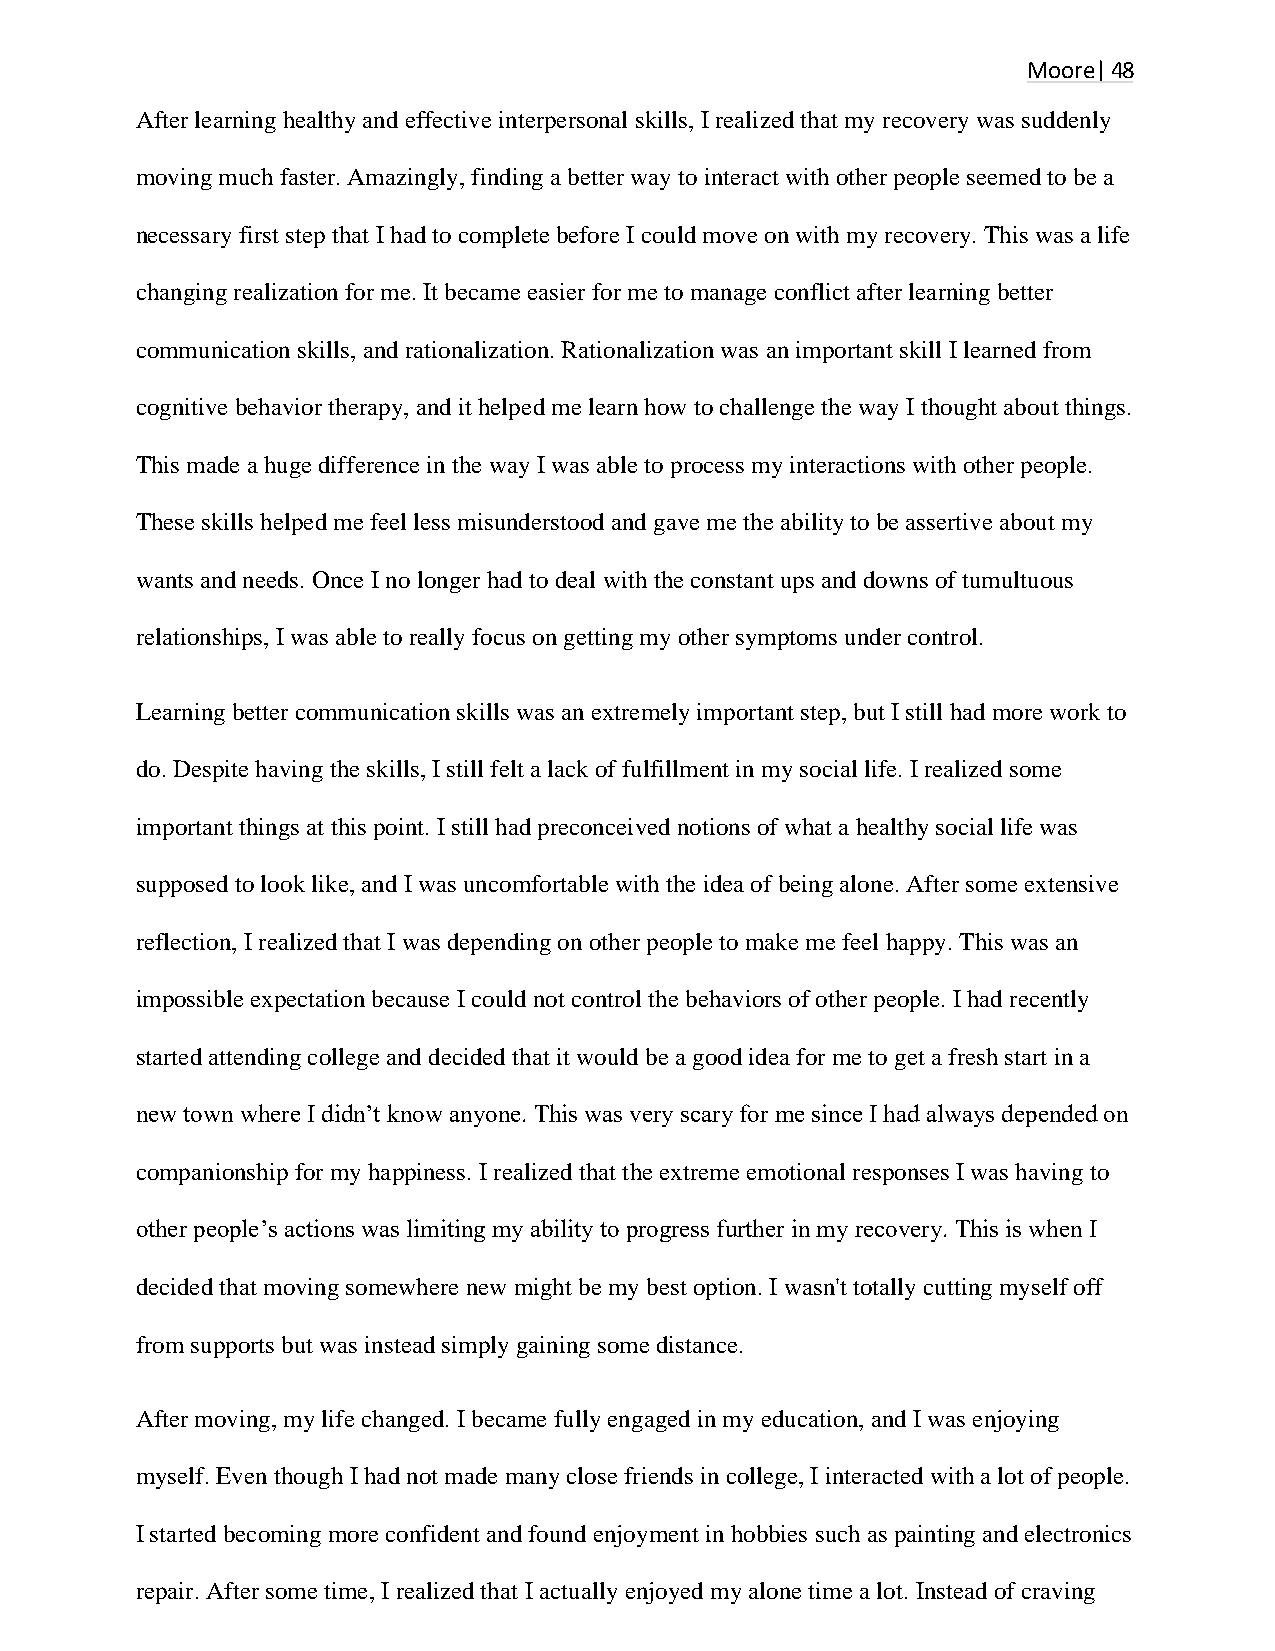
Moore| 48
 After learning healthy and effective interpersonal skills, I realized that my recovery was suddenly
 moving much faster. Amazingly, finding a better way to interact with other people seemed to be a
 necessary first step that I had to complete before I could move on with my recovery. This was a life
 changing realization for me. It became easier for me to manage conflict after learning better
 communication skills, and rationalization. Rationalization was an important skill I learned from
 cognitive behavior therapy, and it helped me learn how to challenge the way I thought about things.
 This made a huge difference in the way I was able to process my interactions with other people.
 These skills helped me feel less misunderstood and gave me the ability to be assertive about my
 wants and needs. Once I no longer had to deal with the constant ups and downs of tumultuous
 relationships, I was able to really focus on getting my other symptoms under control.
 Learning better communication skills was an extremely important step, but I still had more work to
 do. Despite having the skills, I still felt a lack of fulfillment in my social life. I realized some
 important things at this point. I still had preconceived notions of what a healthy social life was
 supposed to look like, and I was uncomfortable with the idea of being alone. After some extensive
 reflection, I realized that I was depending on other people to make me feel happy. This was an
 impossible expectation because I could not control the behaviors of other people. I had recently
 started attending college and decided that it would be a good idea for me to get a fresh start in a
 new town where I didn’t know anyone. This was very scary for me since I had always depended on
 companionship for my happiness. I realized that the extreme emotional responses I was having to
 other people’s actions was limiting my ability to progress further in my recovery. This is when I
 decided that moving somewhere new might be my best option. I wasn't totally cutting myself off
 from supports but was instead simply gaining some distance.
 After moving, my life changed. I became fully engaged in my education, and I was enjoying
 myself. Even though I had not made many close friends in college, I interacted with a lot of people.
 I started becoming more confident and found enjoyment in hobbies such as painting and electronics
 repair. After some time, I realized that I actually enjoyed my alone time a lot. Instead of craving